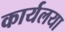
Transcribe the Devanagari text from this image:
कार्यलया